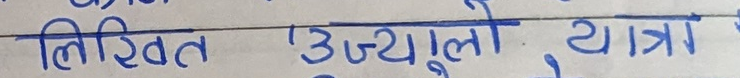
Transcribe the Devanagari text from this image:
लिखित 'उज्यालो यात्रा